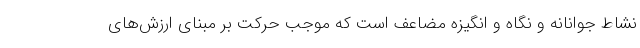
نشاط جوانانه و نگاه و انگیزه مضاعف است که موجب حرکت بر مبنای ارزش‌های